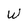
Character: W